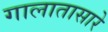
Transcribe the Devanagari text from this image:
गालातासारे